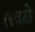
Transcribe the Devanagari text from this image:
लवळे